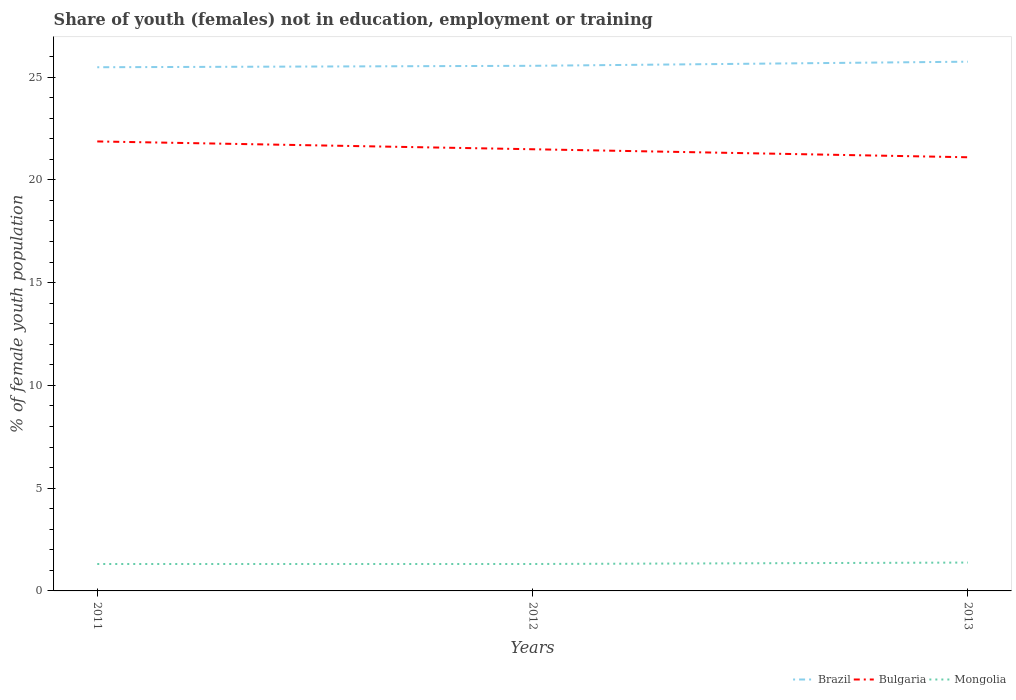
| Years | Brazil | Bulgaria | Mongolia |
 | --- | --- | --- | --- |
 | 2011 | 25.5 | 21.9 | 1.31 |
 | 2012 | 25.5 | 21.5 | 1.31 |
 | 2013 | 25.8 | 21.1 | 1.38 |